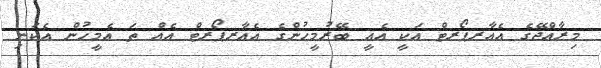
މިރާއްޖޭގެ އެއާރޕޯރޓް އަކީ އެއީ ބޭރުމީހުންގެ އެއާރޕޯރޓް އެއް ތަ އެމީހުން އެކަނި